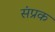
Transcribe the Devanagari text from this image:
संप्रक